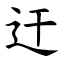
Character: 迀